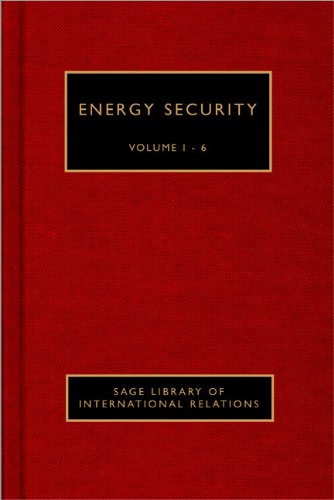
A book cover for Energy Security (SAGE Library of International Security); Engineering & Transportation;